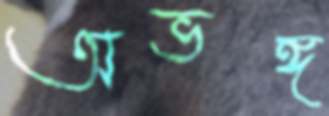
অভঙ্গ